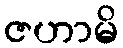
ဇဟာမိ